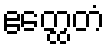
ဧတ္ထေတံ